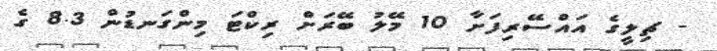
- ޗިލީގެ އައްސޭރިފަށާ 10 މޭލު ބޭރަށް ރިކްޓަ މިންގަނޑުން 8.3 ގެ